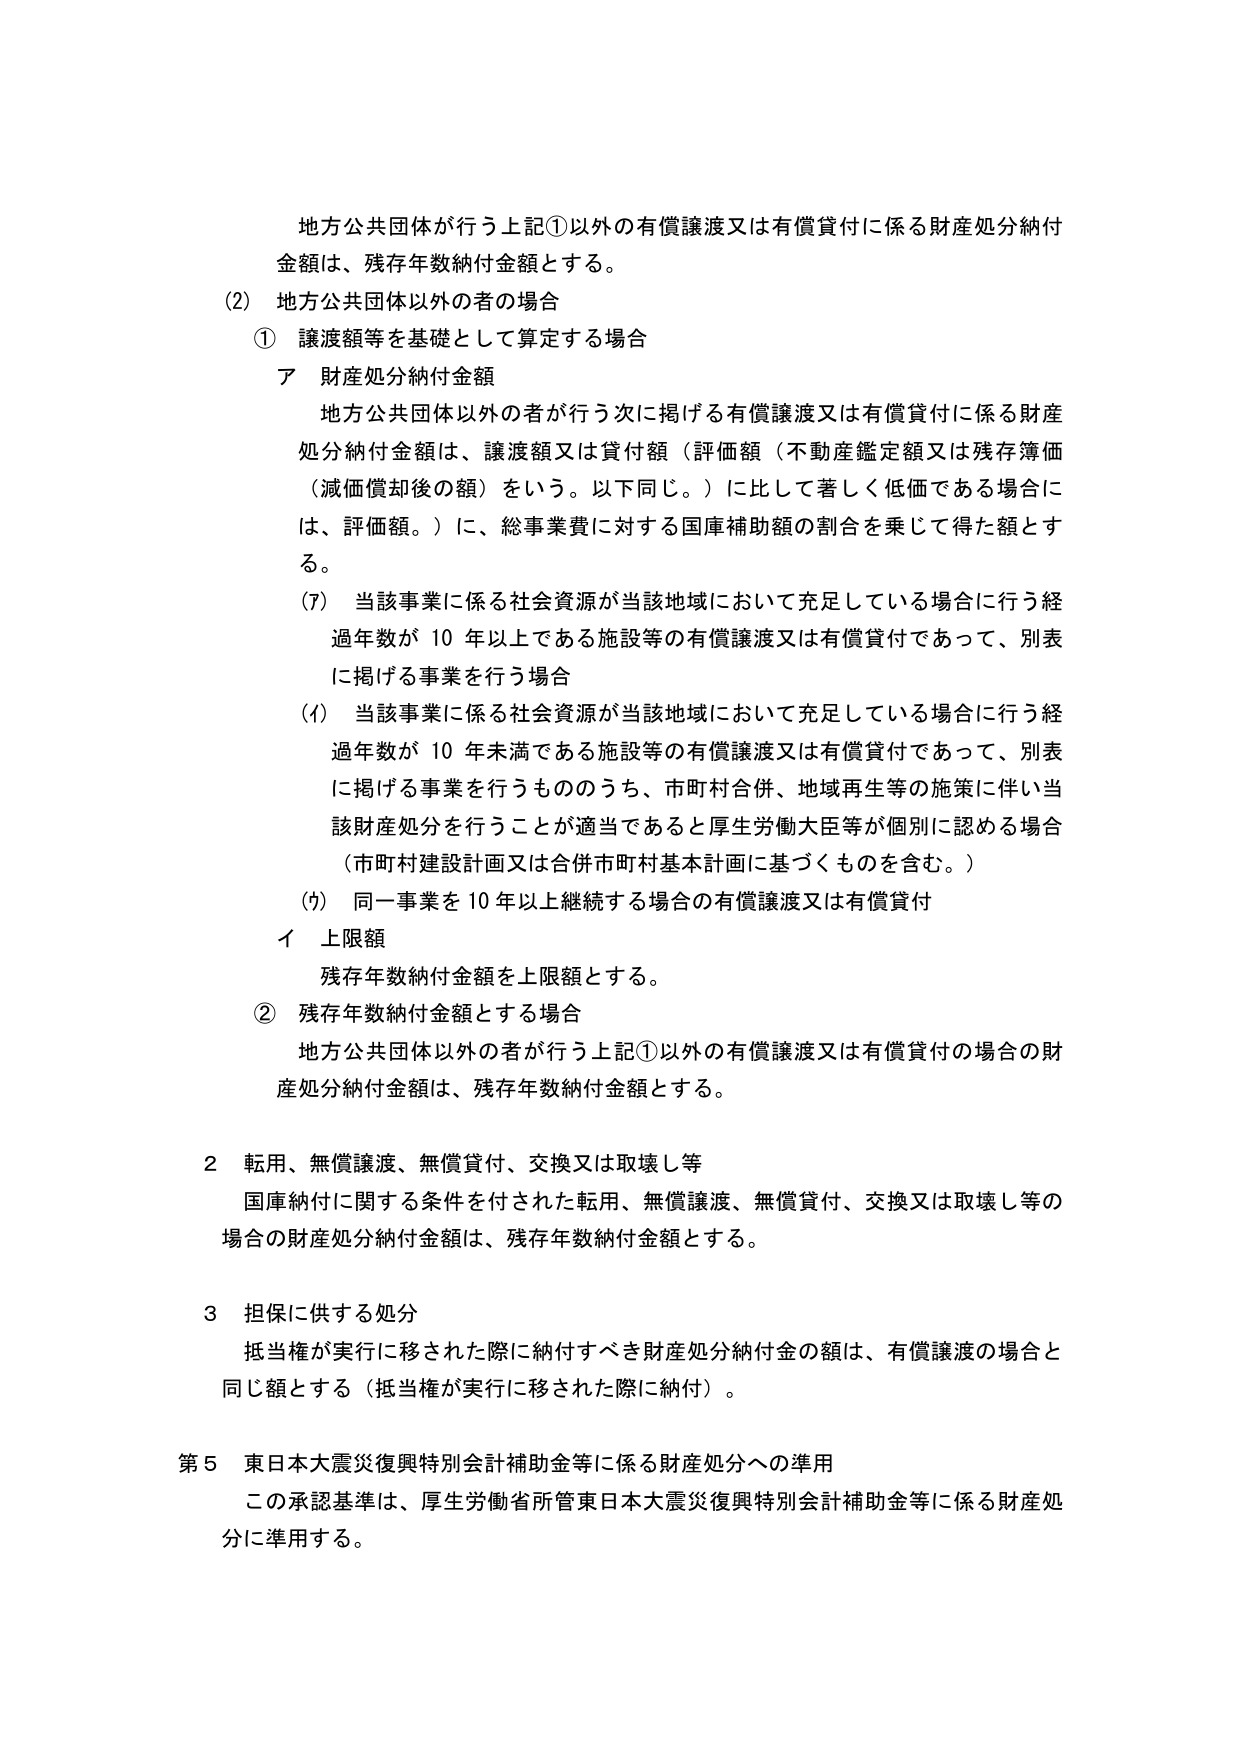
地方公共団体が行う上記①以外の有償譲渡又は有償貸付に係る財産処分納付金額は、残存年数納付金額とする。

(2) 地方公共団体以外の者の場合

① 譲渡額等を基礎として算定する場合

ア 財産処分納付金額

地方公共団体以外の者が行う次に掲げる有償譲渡又は有償貸付に係る財産処分納付金額は、譲渡額又は貸付額（評価額（不動産鑑定額又は残存簿価（減価償却後の額）をいう。以下同じ。）に比して著しく低価である場合には、評価額。）に、総事業費に対する国庫補助額の割合を乗じて得た額とする。

(7) 当該事業に係る社会資源が当該地域において充足している場合に行う経過年数が10年以上である施設等の有償譲渡又は有償貸付であって、別表に掲げる事業を行う場合

(イ) 当該事業に係る社会資源が当該地域において充足している場合に行う経過年数が10年未満である施設等の有償譲渡又は有償貸付であって、別表に掲げる事業を行うもののうち、市町村合併、地域再生等の施策に伴い当該財産処分を行うことが適当であると厚生労働大臣等が個別に認める場合（市町村建設計画又は合併市町村基本計画に基づくものを含む。）

(ウ) 同一事業を10年以上継続する場合の有償譲渡又は有償貸付

イ 上限額

残存年数納付金額を上限額とする。

② 残存年数納付金額とする場合

地方公共団体以外の者が行う上記①以外の有償譲渡又は有償貸付の場合の財産処分納付金額は、残存年数納付金額とする。

2 転用、無償譲渡、無償貸付、交換又は取壊し等

国庫納付に関する条件を付された転用、無償譲渡、無償貸付、交換又は取壊し等の場合の財産処分納付金額は、残存年数納付金額とする。

3 担保に供する処分

抵当権が実行に移された際に納付すべき財産処分納付金の額は、有償譲渡の場合と同じ額とする（抵当権が実行に移された際に納付）。

第5 東日本大震災復興特別会計補助金等に係る財産処分への準用

この承認基準は、厚生労働省所管東日本大震災復興特別会計補助金等に係る財産処分に準用する。